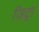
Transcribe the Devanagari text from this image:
जिट्रा